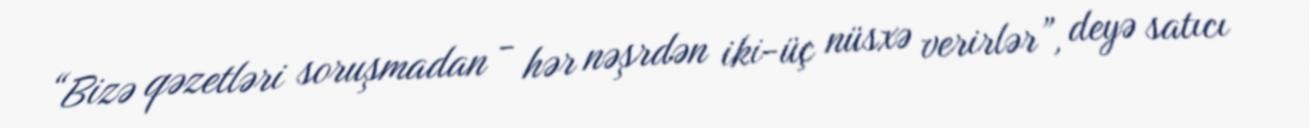
“Bizə qəzetləri soruşmadan - hər nəşrdən iki-üç nüsxə verirlər”, deyə satıcı